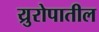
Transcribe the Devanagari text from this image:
य्रुरोपातील